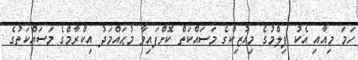
ހަމަ މިއާއި އެކު ފިލްމުގެ މިއުޒިކްގެ މަސައްކަތް ކޮށްފައިވާ މުޙައްމަދު އިކްރާމްގެ މަސައްކަތުގެ